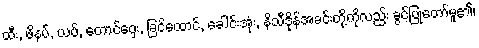
ထီး, ဖိနပ်, ယပ်, တောင်ဝှေး, ခြင်ထောင်, ခေါင်းအုံး, နိသီဒိုန်အခင်းတို့ကိုလည်း ခွင့်ပြုတော်မူ၏၊